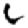
Digit: 6